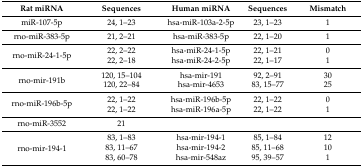
<table><thead><tr><td><b>Rat miRNA</b></td><td><b>Sequences</b></td><td><b>Human miRNA</b></td><td><b>Sequences</b></td><td><b>Mismatch</b></td></tr></thead><tbody><tr><td>miR-107-5p</td><td>24, 1–23</td><td>hsa-miR-103a-2-5p</td><td>23, 1–23</td><td>1</td></tr><tr><td>rno-miR-383-5p</td><td>21, 2–21</td><td>hsa-miR-383-5p</td><td>22, 1–20</td><td>1</td></tr><tr><td rowspan="2">rno-miR-24-1-5p</td><td>22, 2–22</td><td>hsa-miR-24-1-5p</td><td>22, 1–21</td><td>0</td></tr><tr><td>22, 2–18</td><td>hsa-miR-24-2-5p</td><td>22, 1–17</td><td>1</td></tr><tr><td rowspan="2">rno-mir-191b</td><td>120, 15–104</td><td>hsa-mir-191</td><td>92, 2–91</td><td>30</td></tr><tr><td>120, 22–84</td><td>hsa-mir-4653</td><td>83, 15–77</td><td>25</td></tr><tr><td rowspan="2">rno-miR-196b-5p</td><td>22, 1–22</td><td>hsa-miR-196b-5p</td><td>22, 1–22</td><td>0</td></tr><tr><td>22, 1–22</td><td>hsa-miR-196a-5p</td><td>22, 1–22</td><td>1</td></tr><tr><td>rno-miR-3552</td><td>21</td><td></td><td></td><td></td></tr><tr><td rowspan="3">rno-mir-194-1</td><td>83, 1–83</td><td>hsa-mir-194-1</td><td>85, 1–84</td><td>12</td></tr><tr><td>83, 11–67</td><td>hsa-mir-194-2</td><td>85, 11–68</td><td>10</td></tr><tr><td>83, 60–78</td><td>hsa-mir-548az</td><td>95, 39–57</td><td>1</td></tr></tbody></table>